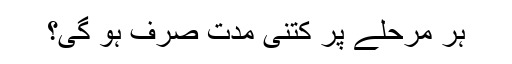
ہر مرحلے پر کتنی مدت صرف ہو گی؟